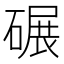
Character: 碾